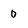
Character: 0